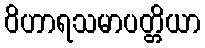
ဝိဟာရသမာပတ္တိယာ